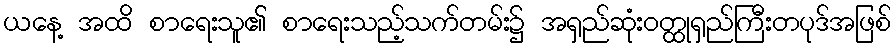
ယနေ့ အထိ စာရေးသူ၏ စာရေးသည့်သက်တမ်း၌ အရှည်ဆုံးဝတ္ထုရှည်ကြီးတပုဒ်အဖြစ်